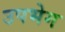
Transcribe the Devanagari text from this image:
उपभेग